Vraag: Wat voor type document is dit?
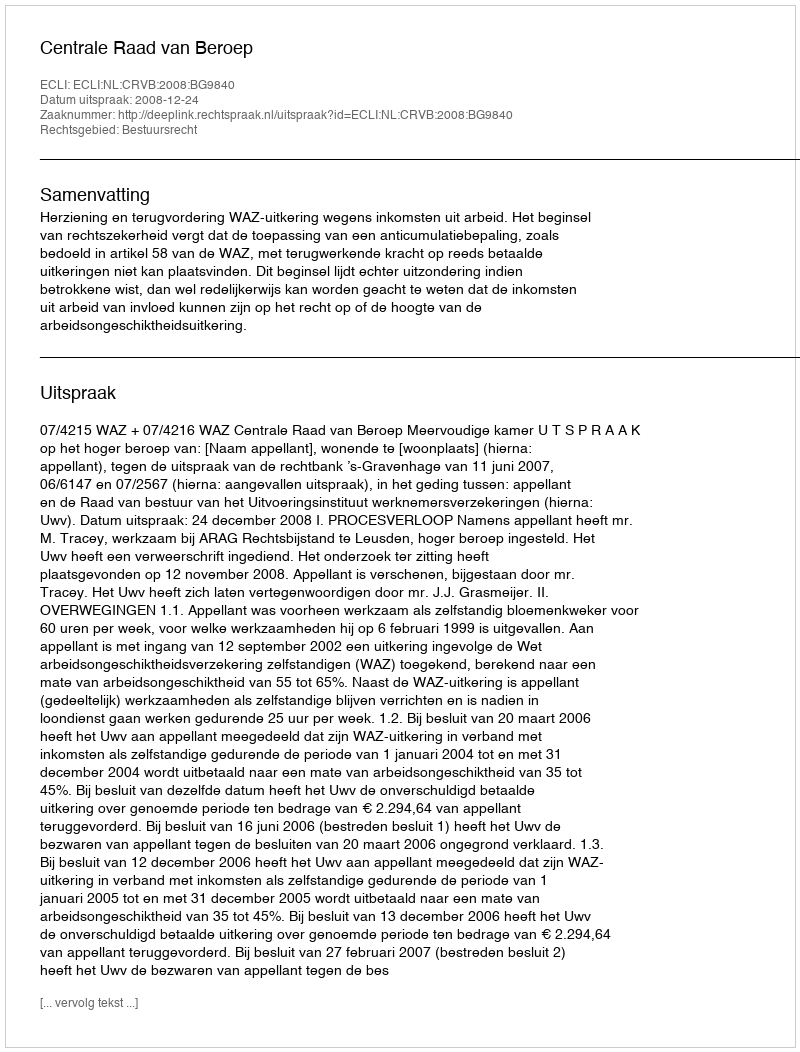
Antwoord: Uitspraak